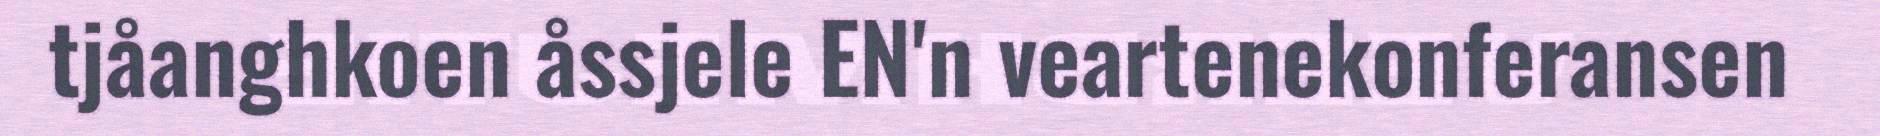
tjåanghkoen åssjele EN'n veartenekonferansen